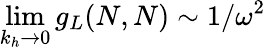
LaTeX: \operatorname*{lim}_{k_{h}\rightarrow 0}g_{L}(N,N)\sim 1/\omega^{2}